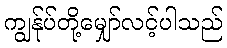
ကျွန်ုပ်တို့မျှော်လင့်ပါသည်